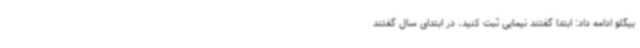
بیگلو ادامه داد: ابتدا گفتند نیمایی ثبت کنید، در ابتدای سال گفتند